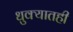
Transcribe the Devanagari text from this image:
धुक्यातही